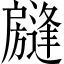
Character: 𱟧